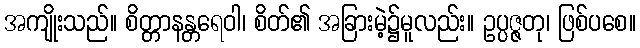
အကျိုးသည်။ စိတ္တာနန္တရေဝါ၊ စိတ်၏ အခြားမဲ့၌မူလည်း။ ဥပ္ပဇ္ဇတု၊ ဖြစ်ပစေ။